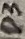
Text: D3